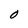
Character: o